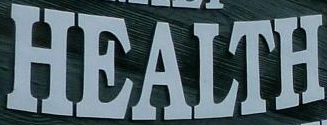
HEALTH